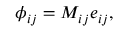
\begin{array} { r } { \phi _ { i j } = M _ { i j } e _ { i j } , } \end{array}